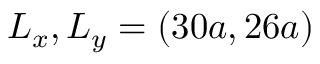
L _ { x } , L _ { y } = ( 3 0 a , 2 6 a )